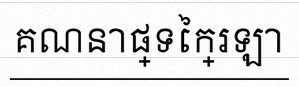
គណនាផ្ទៃក្រឡា